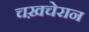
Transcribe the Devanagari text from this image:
चख़चेरान